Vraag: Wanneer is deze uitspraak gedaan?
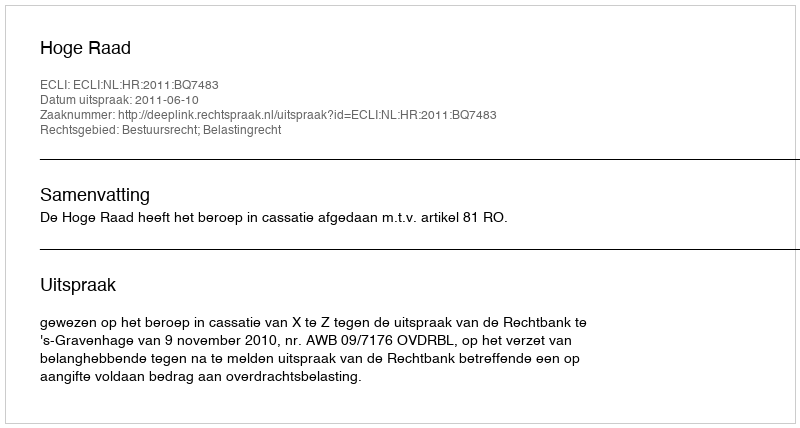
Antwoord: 2011-06-10